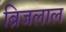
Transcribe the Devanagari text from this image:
ब्रिजलाल